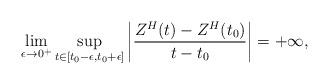
LaTeX: \begin{align*} \lim_{\epsilon\rightarrow0^+} \sup_{t \in[t_0-\epsilon, t_0+\epsilon]} \bigg|\frac{ Z^H(t) - Z^H(t_0) }{t-t_0} \bigg| = + \infty,\end{align*}